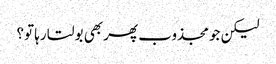
لیکن جو مجذوب پھر بھی بولتا رہا تو؟